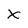
Character: X